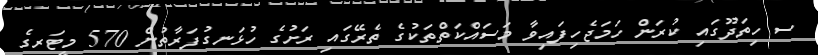
ސ ހިތަދޫގައި ކުރަން ހަމަޖެހިފައިވާ މަސައްކަތްތަކުގެ ތެރޭގައި ރަށުގެ ހުޅަނގުފަރާތުން 570 މީޓަރގެ